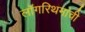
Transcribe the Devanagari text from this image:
लॉगरिथमांची